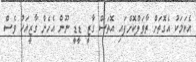
އެކަމަކު އެގޮތަށް ތާވަލްކޮށްފައި އޮތަސް ގާޒީ ޑީޑީ ނޫން އެހެން ގާޒީއަކު ވެސް